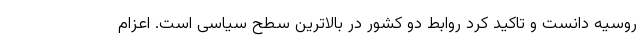
روسیه دانست و تاکید کرد روابط دو کشور در بالاترین سطح سیاسی است. اعزام